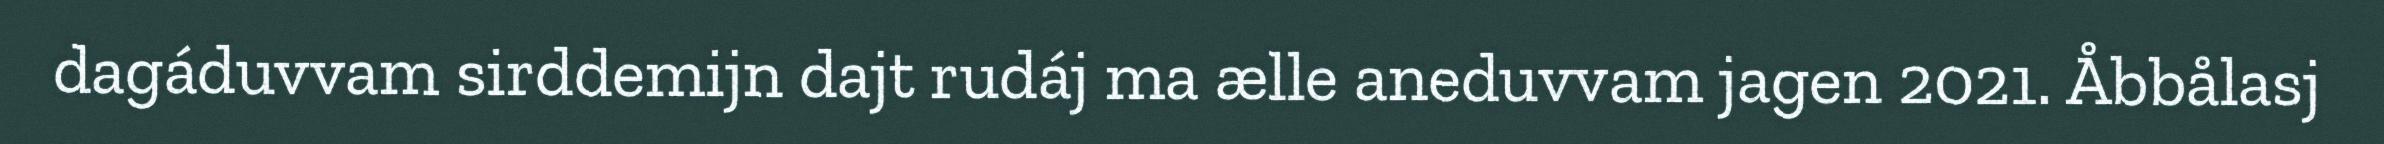
dagáduvvam sirddemijn dajt rudáj ma ælle aneduvvam jagen 2021. Åbbålasj